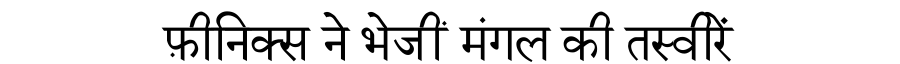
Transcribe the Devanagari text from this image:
फ़ीनिक्स ने भेजीं मंगल की तस्वीरें